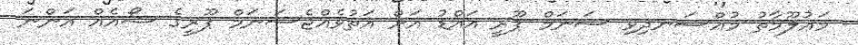
މައުލޫމާތު މުއްސަނދިވި ސަނަމް ޕޫރީ އައްޑު އަށް އަތުވެއްޖެސަނަމް ޕޫރީގެ ޝޯއެއް އަންނަ